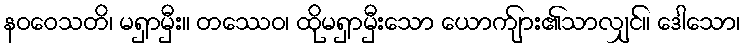
နဝဝေသတိ၊ မရှာမှီး။ တဿေဝ၊ ထိုမရှာမှီးသော ယောက်ျား၏သာလျှင်။ ဒေါသော၊